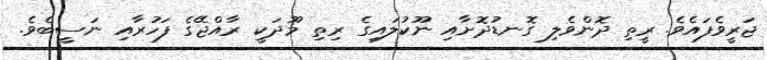
ޖަރީވެފައެވެ. ރީތި ދޮންވެލި ގޮނޑުދޮށާއި ނޫކުލައިގެ ރިތި މޫދަކީ ރާއްޖޭގެ ފަހުރާއި ނަސީބެވެ.